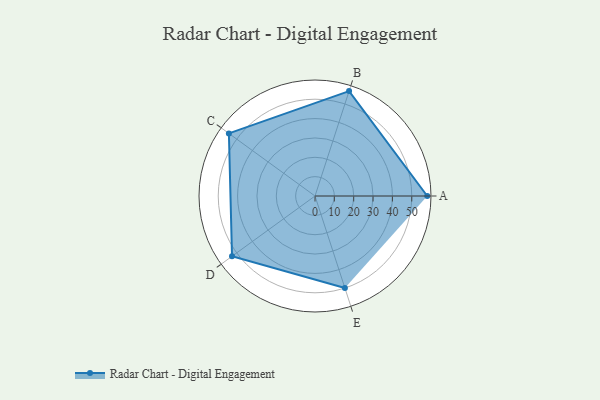
{"axis": {"x": "Skill", "y": "Score"}, "legend": ["Profile"], "data": [{"x": "A", "y": 58.0, "type": "Profile"}, {"x": "B", "y": 57.0, "type": "Profile"}, {"x": "C", "y": 55.0, "type": "Profile"}, {"x": "D", "y": 53.0, "type": "Profile"}, {"x": "E", "y": 50.0, "type": "Profile"}]}